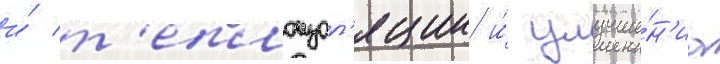
и́ т'еплоизол'яции и́ улучше́н'иа